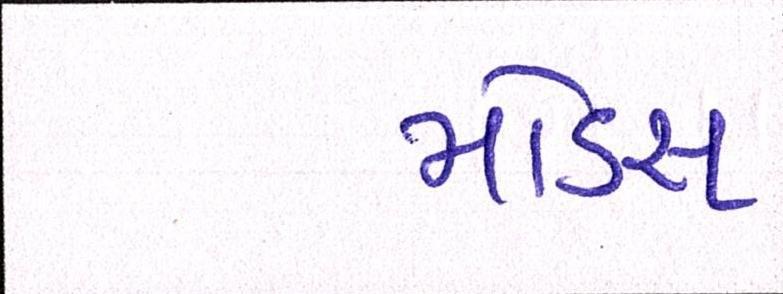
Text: મોડસ